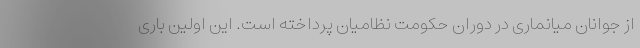
از جوانان میانماری در دوران حکومت نظامیان پرداخته است. این اولین باری